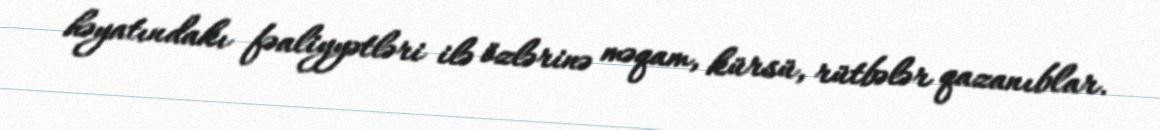
həyatındakı fəaliyyətləri ilə özlərinə məqam, kürsü, rütbələr qazanıblar.